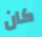
كان